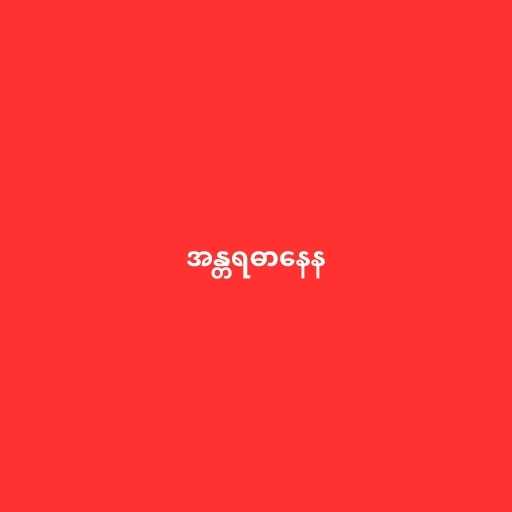
အန္တရဓာနေန